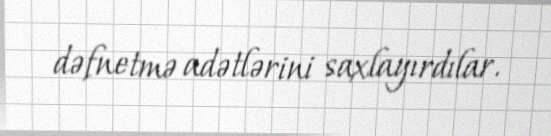
dəfnetmə adətlərini saxlayırdılar.